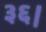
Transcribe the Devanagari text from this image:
३६।